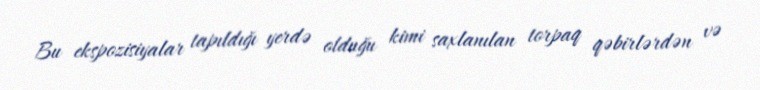
Bu ekspozisiyalar tapıldığı yerdə olduğu kimi saxlanılan torpaq qəbirlərdən və